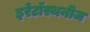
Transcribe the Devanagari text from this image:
इरेटॉस्थनीज